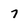
Character: 7